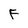
Character: F